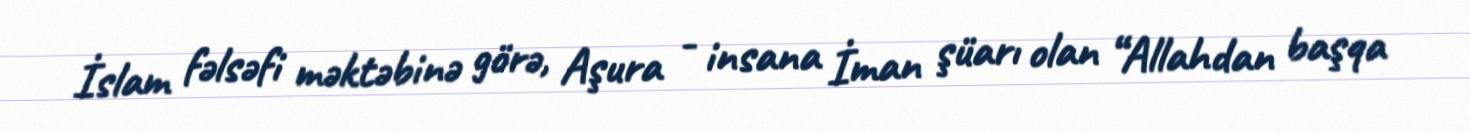
İslam fəlsəfi məktəbinə görə, Aşura - insana İman şüarı olan “Allahdan başqa